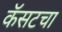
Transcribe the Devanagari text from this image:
कॅसटचा